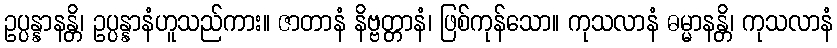
ဥပ္ပန္နာနန္တိ၊ ဥပ္ပန္နာနံဟူသည်ကား။ ဇာတာနံ နိဗ္ဗတ္တာနံ၊ ဖြစ်ကုန်သော။ ကုသလာနံ ဓမ္မာနန္တိ၊ ကုသလာနံ